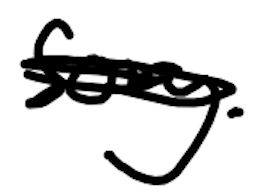
Text: song.
Cross-out: scratch
Writing tool: digital_black